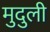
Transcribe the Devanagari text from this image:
मुदुली